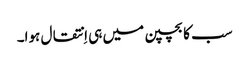
سب کا بچپن میں ہی اِنتقال ہوا۔